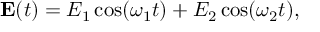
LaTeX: \mathbf { E } ( t ) = E _ { 1 } \cos ( \omega _ { 1 } t ) + E _ { 2 } \cos ( \omega _ { 2 } t ) ,